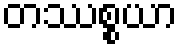
တဿစ္စယာ